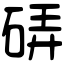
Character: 硦